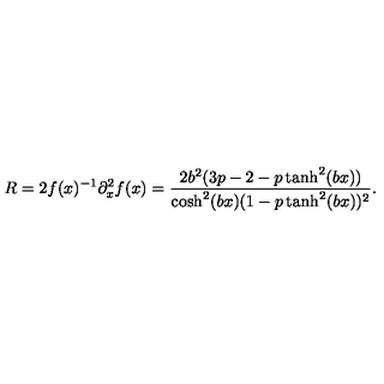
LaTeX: R = 2 f ( x ) ^ { - 1 } \partial _ { x } ^ { 2 } f ( x ) = \frac { 2 b ^ { 2 } ( 3 p - 2 - p \tanh ^ { 2 } ( b x ) ) } { \cosh ^ { 2 } ( b x ) ( 1 - p \tanh ^ { 2 } ( b x ) ) ^ { 2 } } .